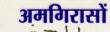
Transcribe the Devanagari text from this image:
अमगिरासों